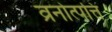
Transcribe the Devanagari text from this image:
व्रनोत्पत्ति